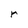
Character: r